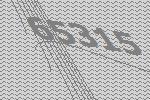
65315